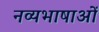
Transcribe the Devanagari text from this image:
नव्यभाषाओं